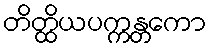
တိတ္ထိယပက္ကန္တကော